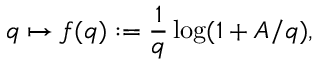
q \mapsto f ( q ) : = \frac 1 q \log ( 1 + A / q ) ,